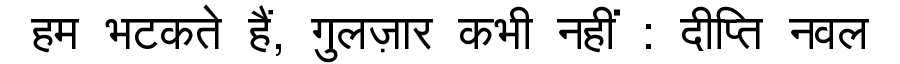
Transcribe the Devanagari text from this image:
हम भटकते हैं, गुलज़ार कभी नहीं : दीप्ति नवल